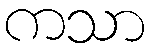
ကသာ